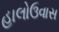
હાલોઉવાસ